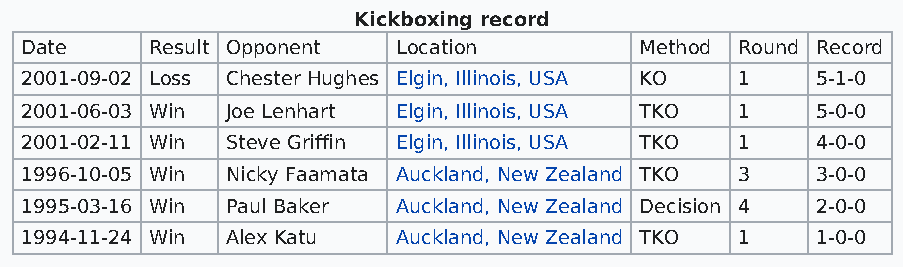
Kickboxing record
 Date     Result Opponent Location        Method Round Record
 2001-09-02 Loss Chester Hughes Elgin, Illinois, USA KO 1 5-1-0
 2001-06-03 Win Joe Lenhart Elgin, Illinois, USA TKO 1 5-0-0
 2001-02-11 Win Steve Griffin Elgin, Illinois, USA TKO 1 4-0-0
 1996-10-05 Win Nicky Faamata Auckland, New Zealand TKO 3 3-0-0
 1995-03-16 Win Paul Baker Auckland, New Zealand Decision 4 2-0-0
 1994-11-24 Win Alex Katu Auckland, New Zealand TKO 1 1-0-0